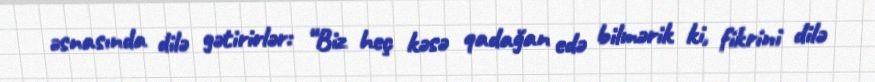
əsnasında dilə gətirirlər: “Biz heç kəsə qadağan edə bilmərik ki, fikrini dilə